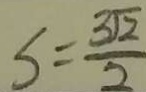
s = \frac { 3 \sqrt { 2 } } { 2 }